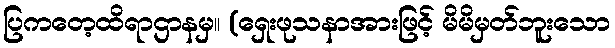
ပြကတေ့ထိရာဌာနမှ။ (ရှေးဖုသနာအားဖြင့် မိမိမှတ်ဘူးသော